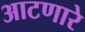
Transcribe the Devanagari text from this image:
आटणारे